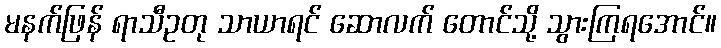
မနက်ဖြန် ရာသီဥတု သာယာရင် ဆောလက် တောင်သို့ သွားကြရအောင်။